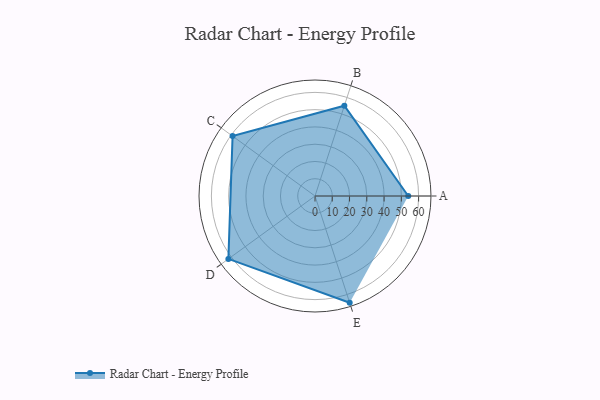
{"axis": {"x": "Skill", "y": "Score"}, "legend": ["Profile"], "data": [{"x": "A", "y": 54.0, "type": "Profile"}, {"x": "B", "y": 55.0, "type": "Profile"}, {"x": "C", "y": 59.0, "type": "Profile"}, {"x": "D", "y": 62.0, "type": "Profile"}, {"x": "E", "y": 65.0, "type": "Profile"}]}